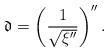
LaTeX: \begin{align*}\mathfrak{d}=\left(\frac{1}{\sqrt{\xi''}}\right)''.\end{align*}